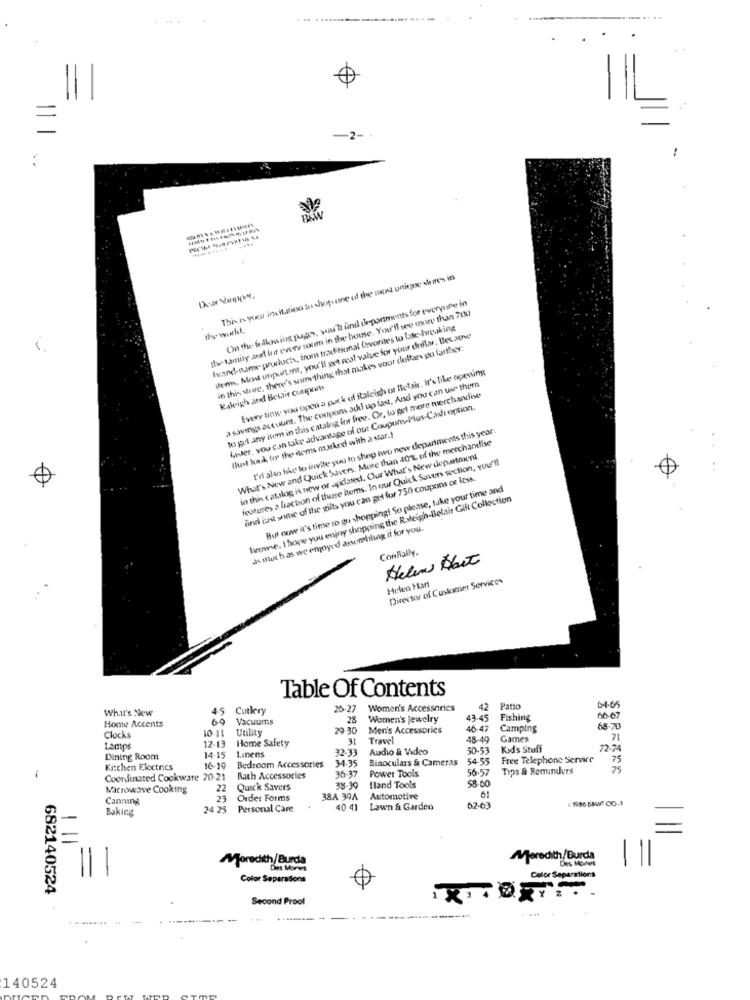
....
-2-
This Is your ins it.stina to shepsume of the nant uningoe shares in
On the faithmiers popis, with und departments for everyure in
Iwe tarity and Int every room in the house. You'll see more than 700
the wolf.
hand-name poslucha, from traditional favorites to late wicaking
Mems. Most unpartant, you'll pet rest value for your dollar, Because
in this store, there's something that makes voor dollaz po farther:
Every linw you open a pat k of Raleigh or Belai. It's like opening
a savings account. The coupons add up fast. And you can use them
Kaleigh and Bobbie current
to get any item in this cataing for free. Or, to get more merchandise
Kiter, you can take advantage of out Coupons-Plus-Cash option.
I'd also like to invite you to shop two new departments this year:
(het kwk try the noms marked with a star.)
What's New and Quick Savers. More than 40% of tive mercharlise
in this catalog is now or updated. Our What's New depatnun
features a fraction of these items. In eu Quick Savers section, you'll
find just some of the gilts you can get for 750 coupons oe Icss.
Hut now it's time to go shopping! So please, take your time and
hetrese. I hope you eniny shopping, the Raleigh-Belais Gift Collection
as much as we emoyed assembling it for you.
Confially.
Helen Dait
Helen Hart
Director of Customer Services
..
Table Of Contents
What's New
45 Cutlery
26-27 Women's Accessories
26-27
42
Patio
4-65
Home Accents
69
Vacuums
28
Women's Jewelry
43.45
Fishing
66-67
10-11
Utility
20.30
Men's Accessorics
46-47
Camping
68-70
Clocks
12-13
Home Safety
31
Travel
48-49
Games
71
Lamps
Linens
32-33
Audio & Video
50-53
Kids Stuff
72-74
Dining Room
14-15
34.35
Binoculars & Cameras
54-55
Free Telephone Service
75
Kitchen Electrics
16-19
Bedroom Accessories
36-37
56.57
Tips & Reminders
75
Coordinated Cookware 20-21
Bath Accessories
Power Tools
$8.00
Microwave Cooking
22
Quick Savers
38-30
Hand Tools
61
Canning
23
Order Forms
38A 39A
Automotive
Baking
24 25
Personal Care
40 41
Lawn & Garden
62.63
=
Aforedith/Burda
Meredith/Burda
Des Moines
Des Morens
Color Separations
0
Color Separations
682140524
Second Proof
---...... .
140524